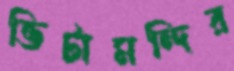
ভিটামন্দির